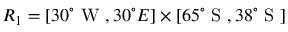
R _ { 1 } = [ 3 0 ^ { \circ } \mathrm { ~ W ~ } , 3 0 ^ { \circ } { E } ] \times [ 6 5 ^ { \circ } \mathrm { ~ S ~ } , 3 8 ^ { \circ } \mathrm { ~ S ~ } ]